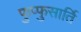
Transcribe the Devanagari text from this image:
फुप्फुसार्ति